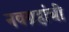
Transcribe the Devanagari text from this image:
नवग्रहांची